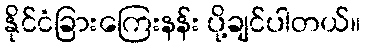
နိုင်ငံခြားကြေးနန်း ပို့ချင်ပါတယ်။